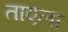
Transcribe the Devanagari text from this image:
ताएला